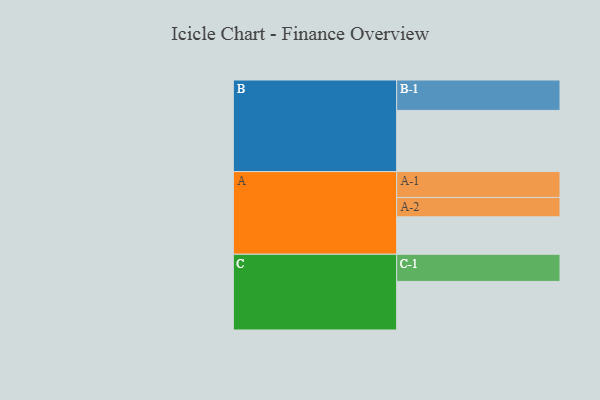
{"axis": {"x": "Segment", "y": "Value"}, "legend": ["", "A", "B", "C"], "data": [{"x": "A", "y": 356, "type": ""}, {"x": "B", "y": 582, "type": ""}, {"x": "C", "y": 462, "type": ""}, {"x": "A-1", "y": 246, "type": "A"}, {"x": "A-2", "y": 184, "type": "A"}, {"x": "B-1", "y": 289, "type": "B"}, {"x": "C-1", "y": 258, "type": "C"}]}